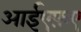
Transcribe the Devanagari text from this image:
आईएफ़ए